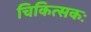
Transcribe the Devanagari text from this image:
चिकित्सकः